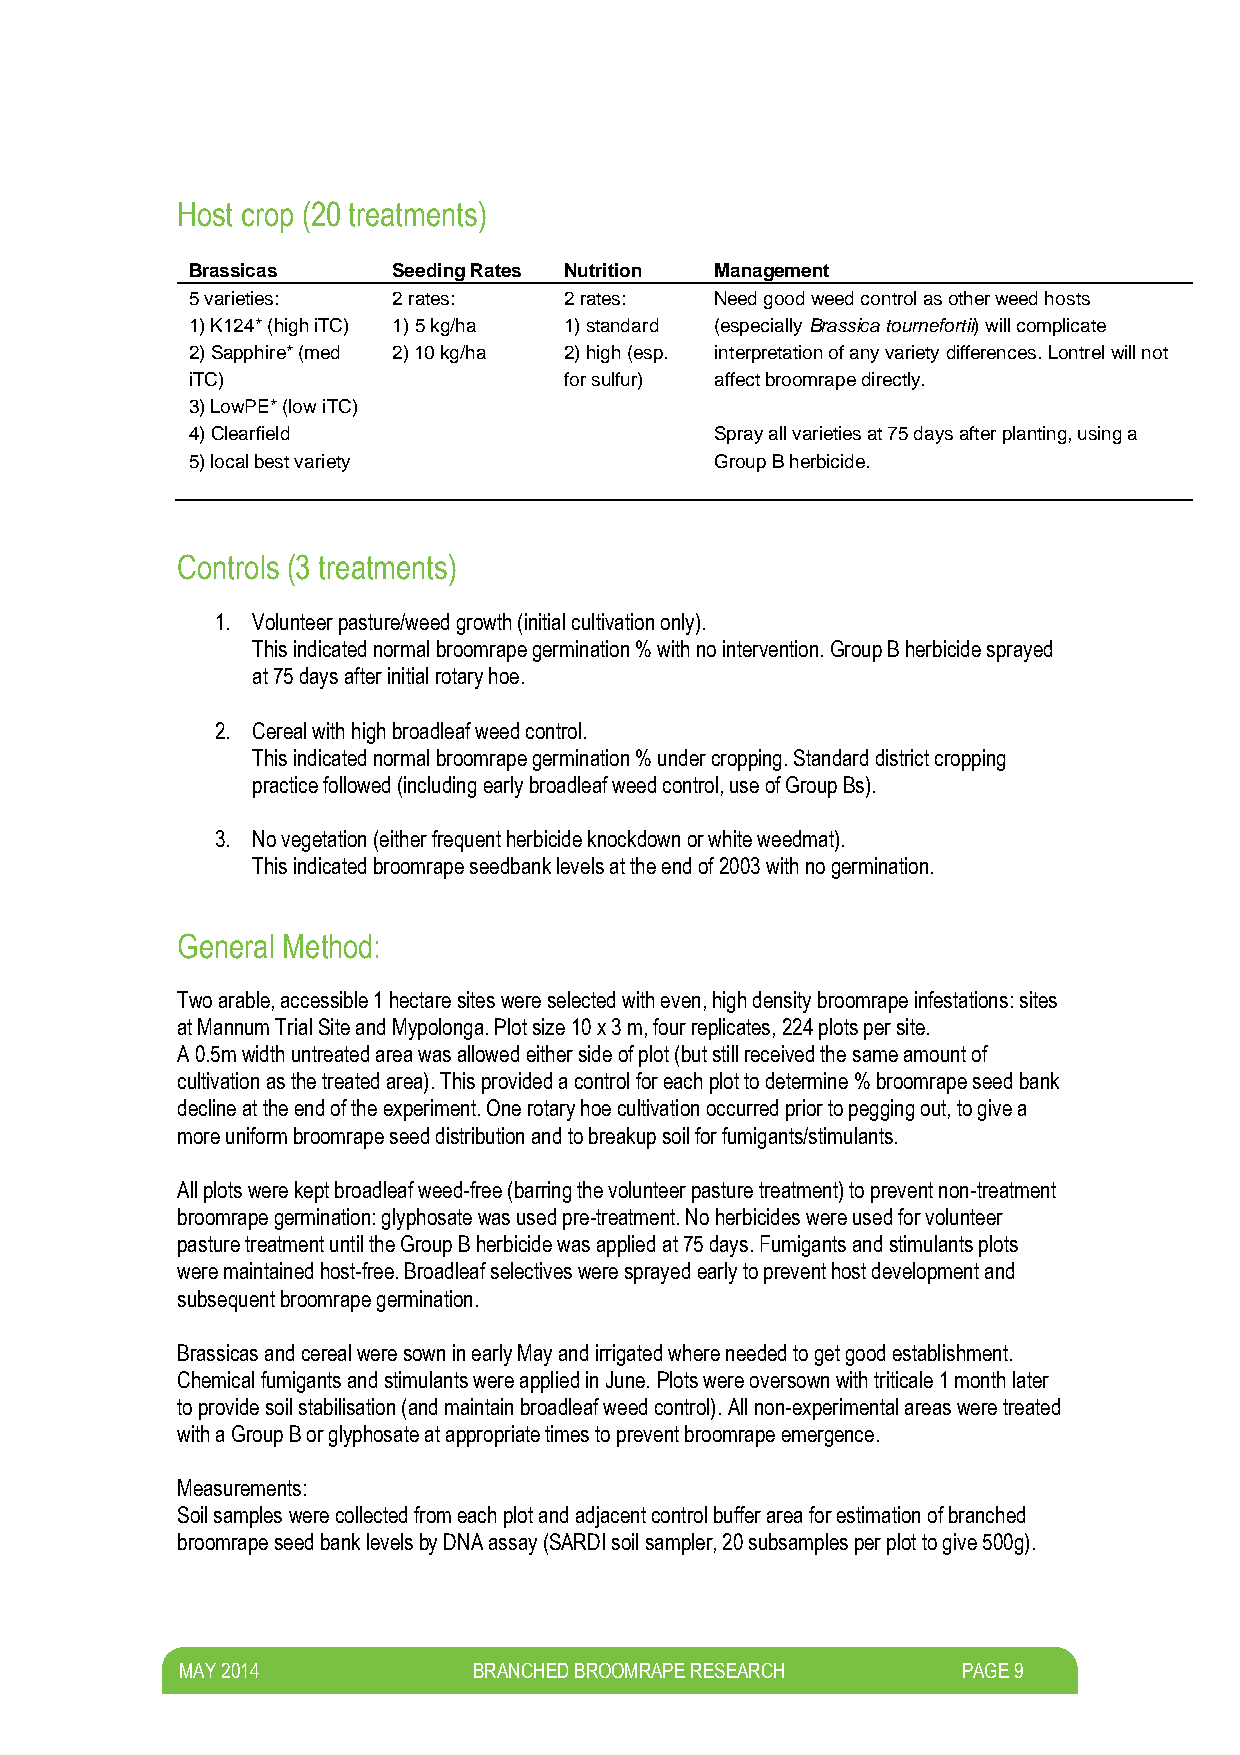
Host crop (20 treatments)
 Brassicas     Seeding Rates Nutrition Management
 5 varieties:  2 rates:   2 rates:  Need good weed control as other weed hosts
 1) K124* (high iTC) 1) 5 kg/ha 1) standard (especially Brassica tournefortii) will complicate
 2) Sapphire* (med 2) 10 kg/ha 2) high (esp. interpretation of any variety differences. Lontrel will not
 iTC)                     for sulfur) affect broomrape directly.
 3) LowPE* (low iTC)
 4) Clearfield                      Spray all varieties at 75 days after planting, using a
 5) local best variety              Group B herbicide.
 Controls (3 treatments)
 1. Volunteer pasture/weed growth (initial cultivation only).
 This indicated normal broomrape germination % with no intervention. Group B herbicide sprayed
 at 75 days after initial rotary hoe.
 2. Cereal with high broadleaf weed control.
 This indicated normal broomrape germination % under cropping. Standard district cropping
 practice followed (including early broadleaf weed control, use of Group Bs).
 3. No vegetation (either frequent herbicide knockdown or white weedmat).
 This indicated broomrape seedbank levels at the end of 2003 with no germination.
 General Method:
 Two arable, accessible 1 hectare sites were selected with even, high density broomrape infestations: sites
 at Mannum Trial Site and Mypolonga. Plot size 10 x 3 m, four replicates, 224 plots per site.
 A 0.5m width untreated area was allowed either side of plot (but still received the same amount of
 cultivation as the treated area). This provided a control for each plot to determine % broomrape seed bank
 decline at the end of the experiment. One rotary hoe cultivation occurred prior to pegging out, to give a
 more uniform broomrape seed distribution and to breakup soil for fumigants/stimulants.
 All plots were kept broadleaf weed-free (barring the volunteer pasture treatment) to prevent non-treatment
 broomrape germination: glyphosate was used pre-treatment. No herbicides were used for volunteer
 pasture treatment until the Group B herbicide was applied at 75 days. Fumigants and stimulants plots
 were maintained host-free. Broadleaf selectives were sprayed early to prevent host development and
 subsequent broomrape germination.
 Brassicas and cereal were sown in early May and irrigated where needed to get good establishment.
 Chemical fumigants and stimulants were applied in June. Plots were oversown with triticale 1 month later
 to provide soil stabilisation (and maintain broadleaf weed control). All non-experimental areas were treated
 with a Group B or glyphosate at appropriate times to prevent broomrape emergence.
 Measurements:
 Soil samples were collected from each plot and adjacent control buffer area for estimation of branched
 broomrape seed bank levels by DNA assay (SARDI soil sampler, 20 subsamples per plot to give 500g).
 M AY 2014          BRANCHED BROOMRAPE RESEARCH      PAGE 9